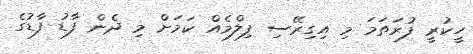
ހީކުރީ ފުރަތަމަ މި އިގިރޭސި ފިލްމެއް ކަމަށް މި ދެން ފާޑު ފާޑުގެ